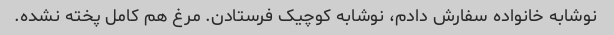
نوشابه خانواده سفارش دادم، نوشابه کوچیک فرستادن. مرغ هم کامل پخته نشده‌.